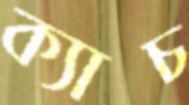
ক্যাচ